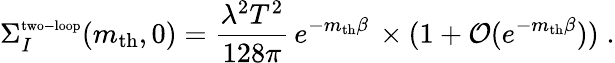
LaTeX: \Sigma_{I}^{\mathrm{\scriptsize{two-loop}}}(m_{\mathrm{th}},0)={\frac{\lambda^{2}T^{2}}{128\pi}}\, e^{-m_{\mathrm{th}}\beta}\, \times(1+{\cal O}(e^{-m_{\mathrm{th}}\beta}))\; .